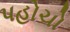
પહોચો